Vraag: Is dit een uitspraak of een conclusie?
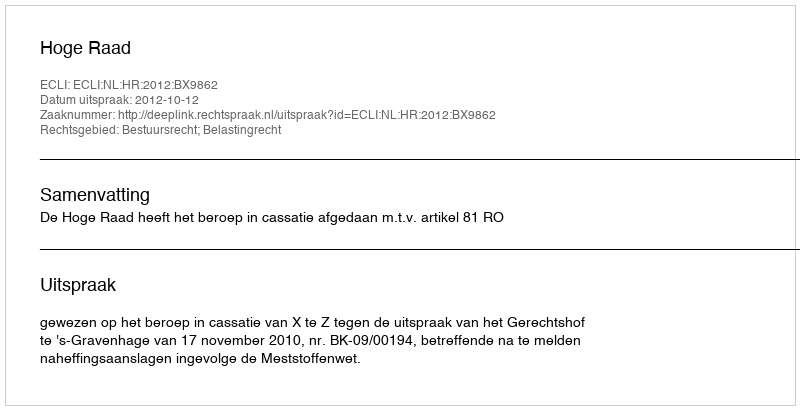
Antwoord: Uitspraak